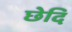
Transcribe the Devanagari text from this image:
छेदि